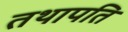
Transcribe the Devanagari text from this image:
तथापति